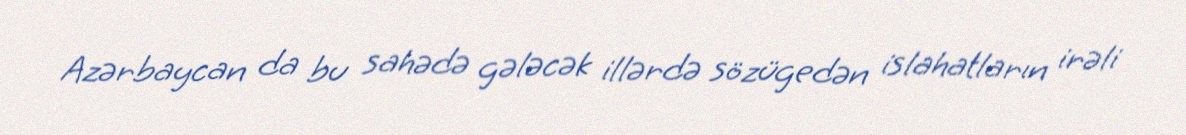
Azərbaycan da bu sahədə gələcək illərdə sözügedən islahatların irəli